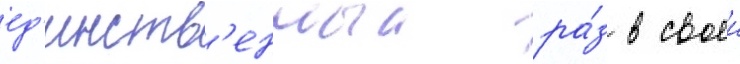
ед'инств'енныи ра́з в своеи